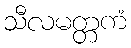
သီလမတ္တကံ